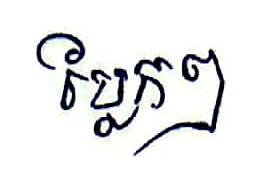
ប្លែកៗ